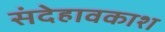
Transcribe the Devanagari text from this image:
संदेहावकाश